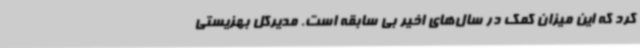
کرد که این میزان کمک در سال‌های اخیر بی سابقه است. مدیرکل بهزیستی